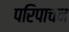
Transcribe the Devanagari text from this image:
परिपाचन